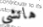
هاتشي